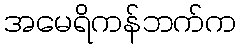
အမေရိကန်ဘက်က